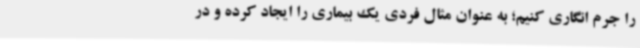
را جرم انگاری کنیم؛ به عنوان مثال فردی یک بیماری را ایجاد کرده و در